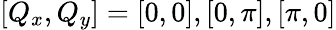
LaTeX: [Q_{x},Q_{y}]=[0,0],[0,\pi],[\pi,0]